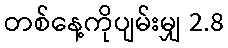
တစ်နေ့ကိုပျမ်းမျှ 2.8